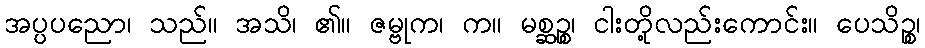
အပ္ပပညော၊ သည်။ အသိ၊ ၏။ ဇမ္ဗုက၊ က။ မစ္ဆဉ္စ၊ ငါးတို့လည်းကောင်း။ ပေသိဉ္စ၊